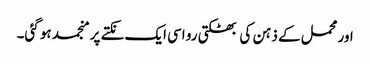
اور محمل کے ذہن کی بھٹکتی رو اسی ایک نکتے پر منجمد ہو گئی۔